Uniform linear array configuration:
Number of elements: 48
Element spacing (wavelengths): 0.5
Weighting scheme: binomial
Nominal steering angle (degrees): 0
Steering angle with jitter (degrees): -0.5888
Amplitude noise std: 0.05
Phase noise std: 0.05

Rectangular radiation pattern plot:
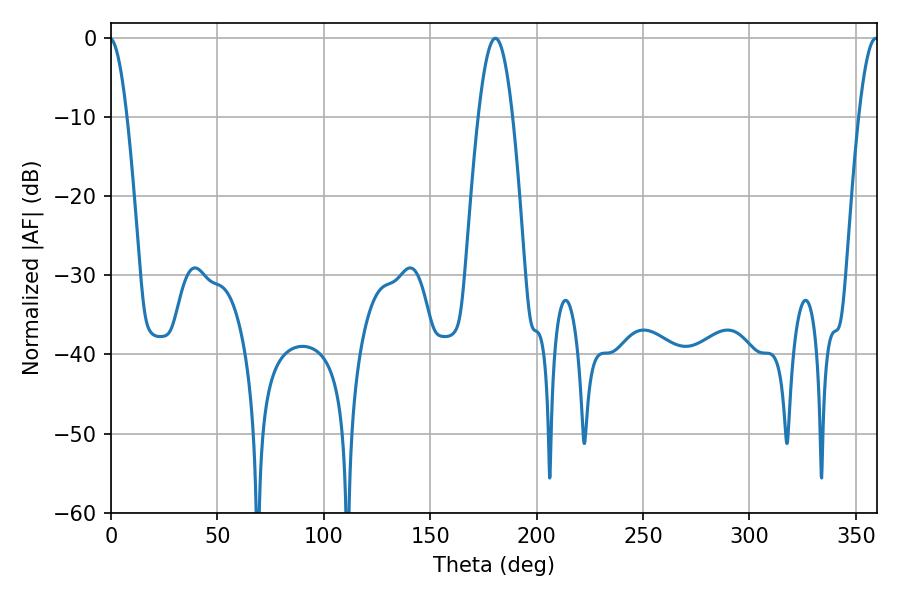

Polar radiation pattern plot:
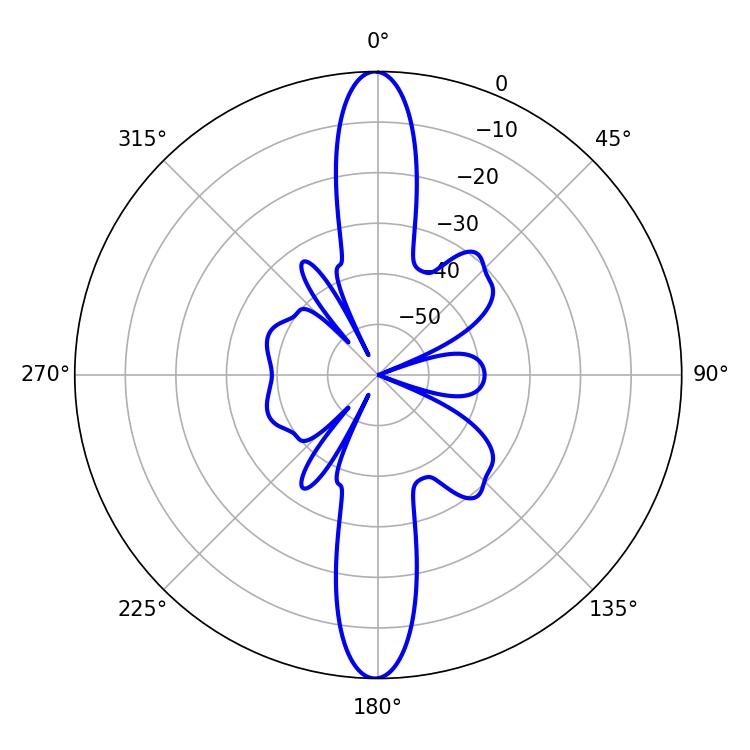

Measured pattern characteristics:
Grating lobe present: FALSE
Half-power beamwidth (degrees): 8.82
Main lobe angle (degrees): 180.54